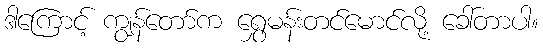
ဒါကြောင့် ကျွန်တော်က ရွှေမန်းတင်မောင်လို့ ခေါ်တာပါ။